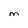
Character: M